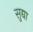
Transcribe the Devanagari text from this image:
सुद्या